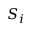
S _ { i }